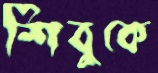
শিবুকে